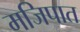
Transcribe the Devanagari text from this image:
मजिपात